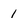
Character: 1